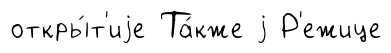
откры́т'иjе Та́кже j Р'ежице